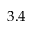
3 . 4